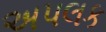
અપલક